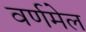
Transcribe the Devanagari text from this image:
वर्णमेल